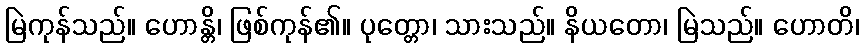
မြဲကုန်သည်။ ဟောန္တိ၊ ဖြစ်ကုန်၏။ ပုတ္တော၊ သားသည်။ နိယတော၊ မြဲသည်။ ဟောတိ၊